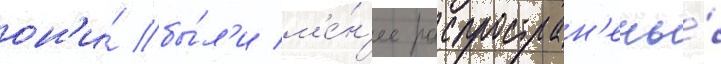
он'и́ бы́л'и м'е́н'ее распростран'ены́